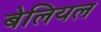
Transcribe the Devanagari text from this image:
बेलियल